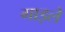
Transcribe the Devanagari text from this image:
गाइले